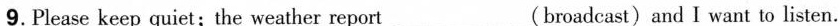
9.Please keep quiet;the weather report___ ( broadcast)and I want to listen.